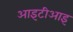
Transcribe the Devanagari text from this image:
आइटीआइ